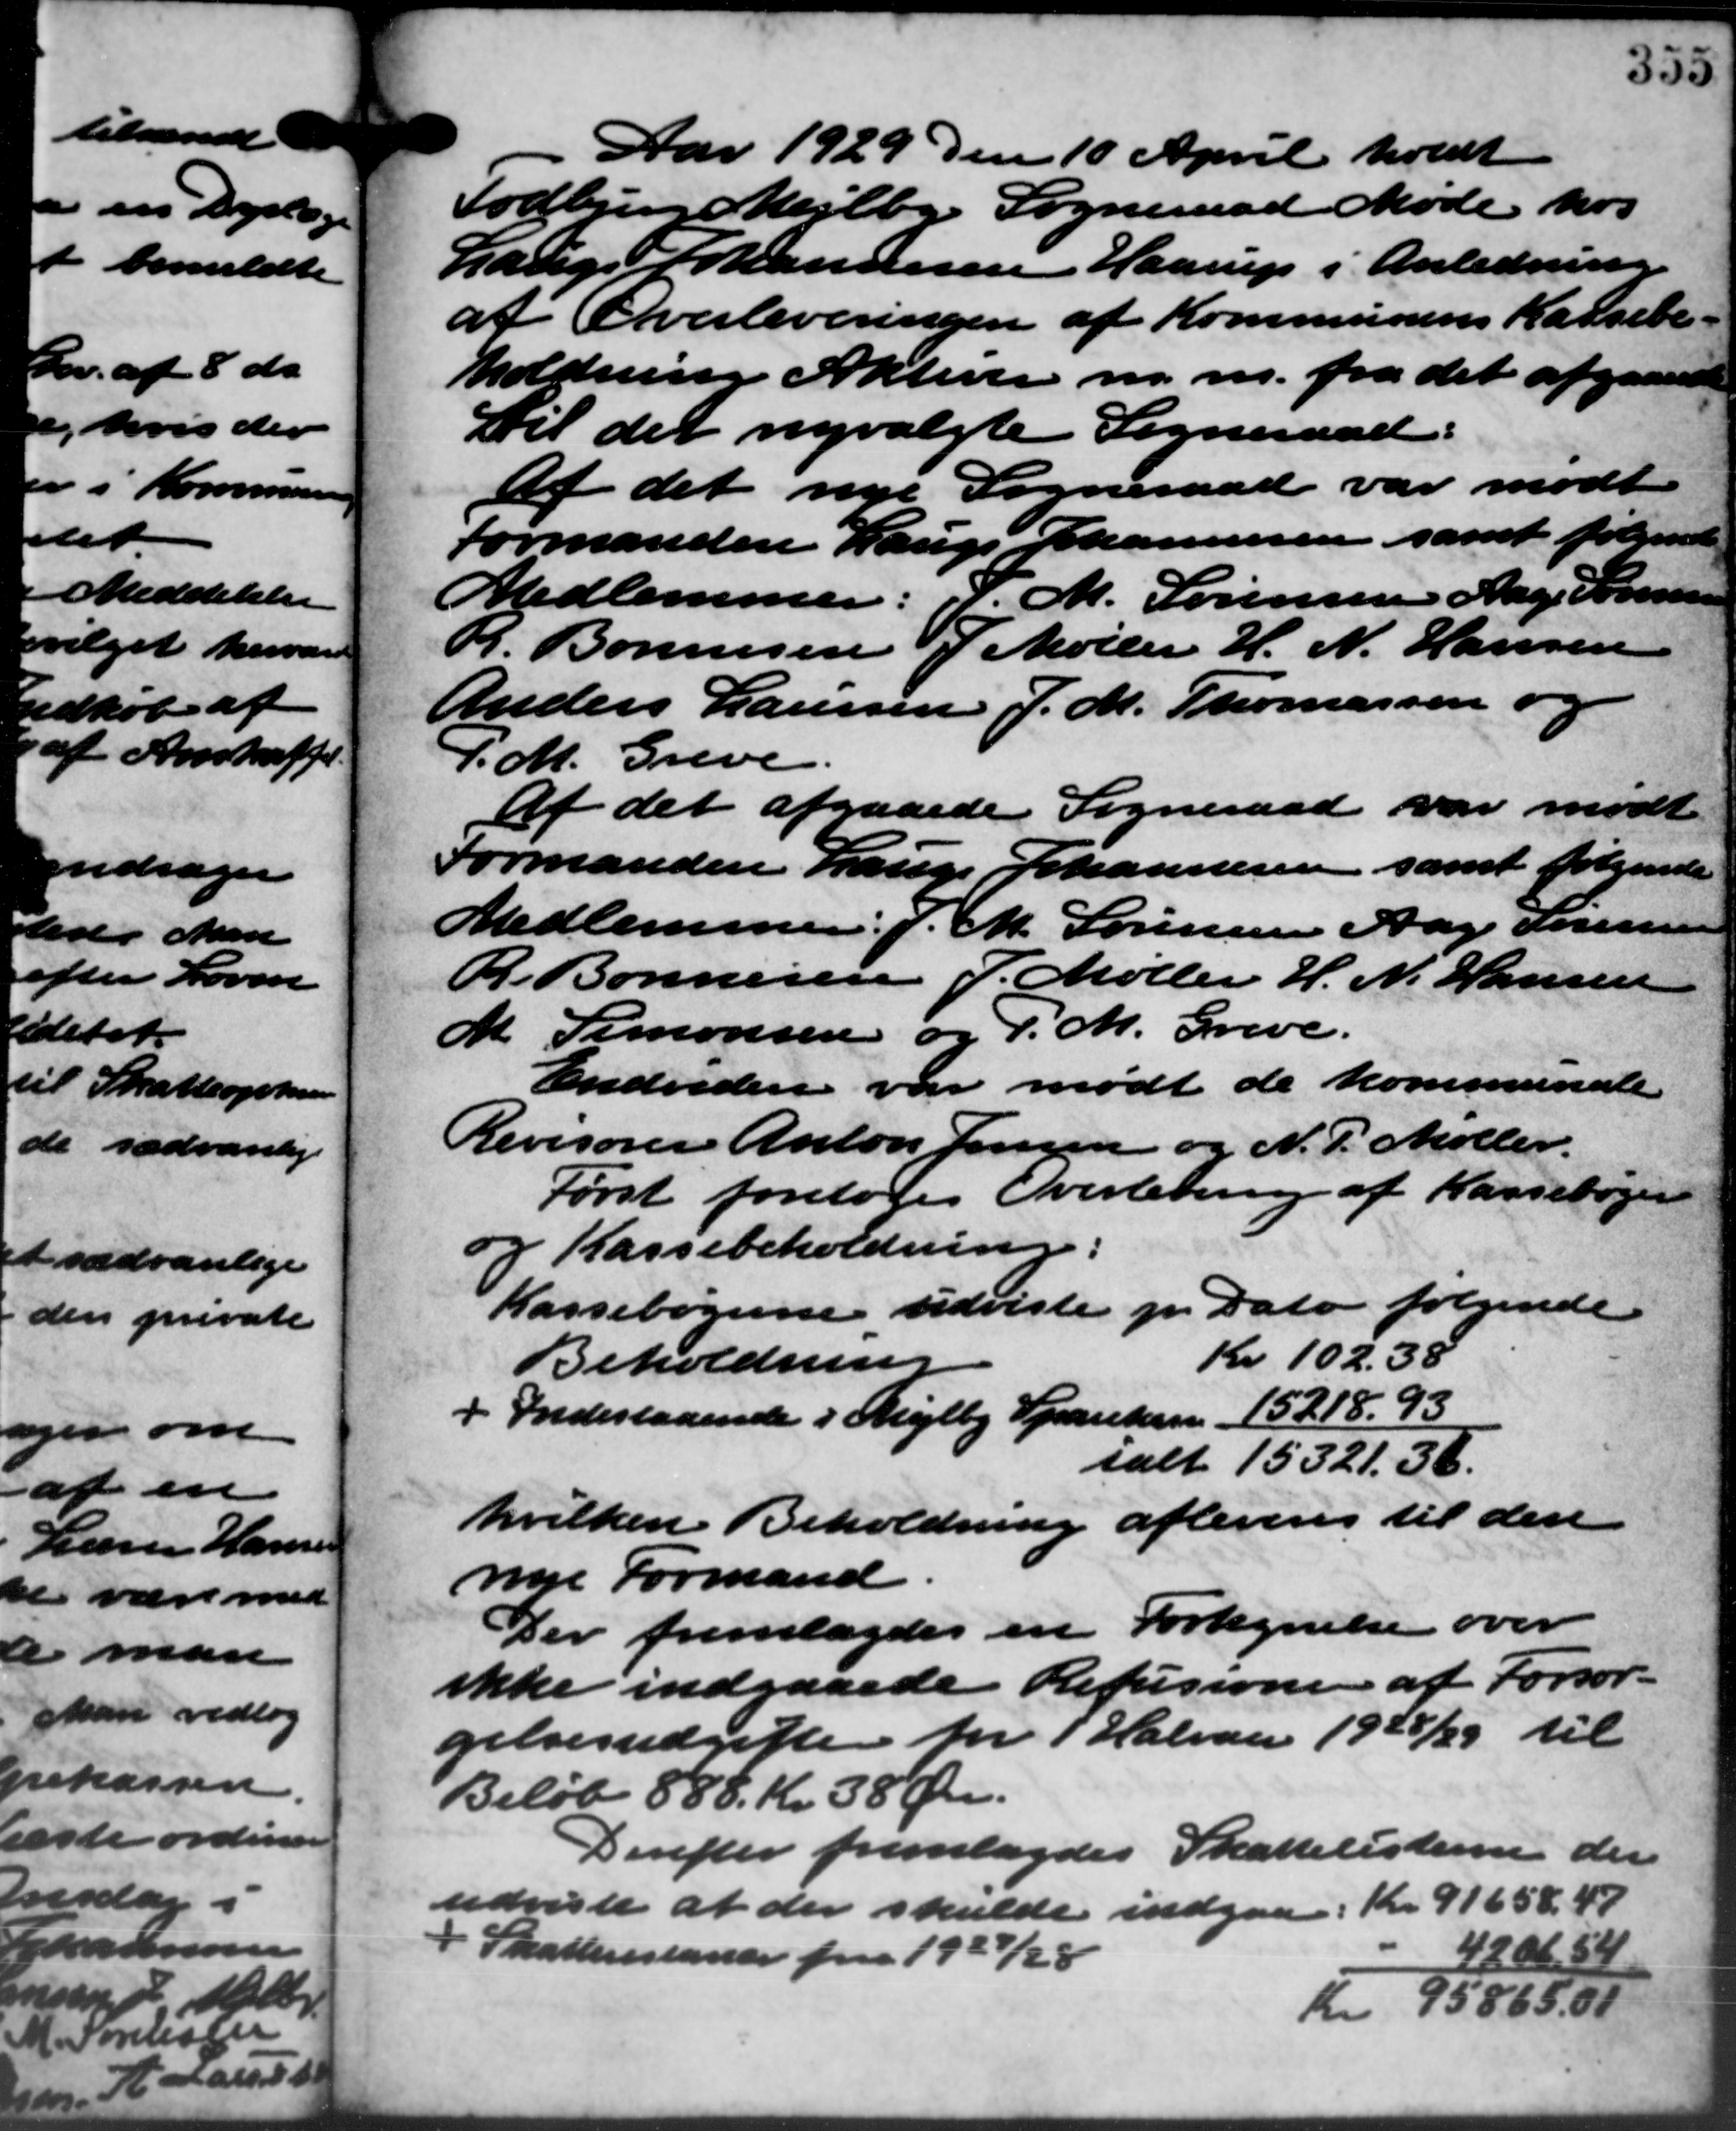
Transskription:
Aar 1929 den 10 April holdt
Todbjerg Mejlby Sogneraad Møde hos
Lauge Johannesen Haarup i Anledning
af Overleveringen af Kommunens Kassebe-
holdning Aktiver m. m. fra det afgaaende
Til det nyvalgte Sogneraad.
Af det nye Sogneraad var mødt
Formanden Lauge Johannesen samt følgende
Medlemmer: d. M. Sørensen Aage Sørensen
R. Bonnesen J Møller H. N. Hansen
Anders Laursen J. M. Thomassen og
S.M. Greve .
Af det afgaaede Sogneraad var mødt.
Formanden Lauge Johannesen samt følgende
Medlemmer: J. M. Sørensen Aage Sørensen
R. Bonnesen P. Møller H. N. Hansen
M. Simonsen og P. M. Greve.
Endvidere var mødt de kommunale
Revisorer Anton Jensen og N. P. Møller.
Først foretoges Overlening af Kassebøger
g Kassebeholdning
Kassebøgerne udviste pr. Dato følgende
Kr. 102.38
Beholdning
Indestaaende i Mejlby Sparekasse 15218.93
ialt 15321,36.
hvilken Beholdning afleveres til den
nye Formand
Der fremlagdes en Fortegnelse over
ikke indgaaede Refusioner af Forsør-
gelsesudgifte for 1 Halvaar 1928/29 til
Beløb 888. Kr. 38 Øre.
Derefter fremlagdes Skattelisterne der
udviste at der skulde indgaa i Kr. 91658, 49
Skatterestander fra 1927/28
4208, 54
Kr 95865,00